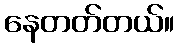
နေတတ်တယ်။